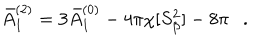
LaTeX: \bar { A } _ { 1 } ^ { ( 2 ) } = 3 \bar { A } _ { 1 } ^ { ( 0 ) } - 4 \pi \chi [ S _ { \beta } ^ { 2 } ] - 8 \pi .